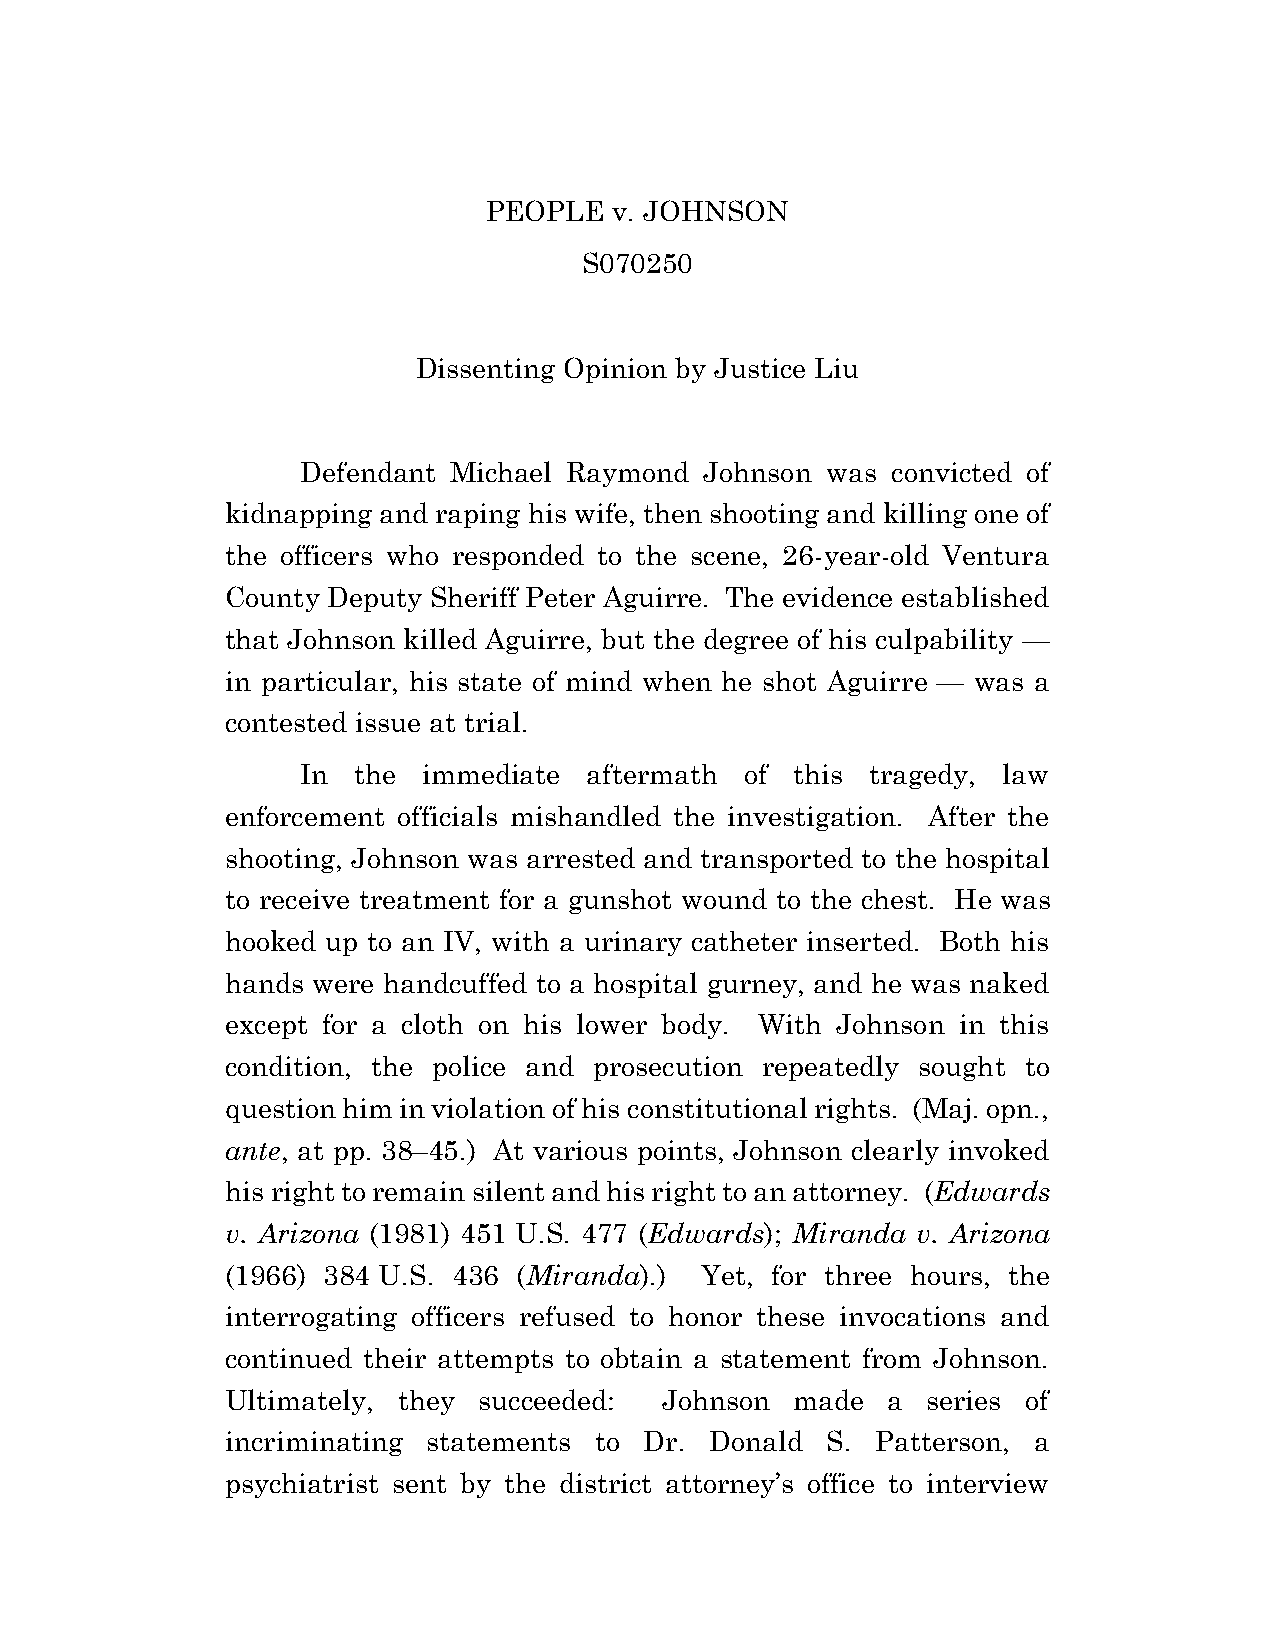
PEOPLE   v. JOHNSON
 S070250
 Dissenting Opinion by Justice Liu
 Defendant Michael Raymond  Johnson was convicted of
 kidnapping and raping his wife, then shooting and killing one of
 the officers who responded to the scene, 26-year-old Ventura
 County Deputy Sheriff Peter Aguirre. The evidence established
 that Johnson killed Aguirre, but the degree of his culpability —
 in particular, his state of mind when he shot Aguirre — was a
 contested issue at trial.
 In the  immediate  aftermath of  this tragedy, law
 enforcement officials mishandled the investigation. After the
 shooting, Johnson was arrested and transported to the hospital
 to receive treatment for a gunshot wound to the chest. He was
 hooked up to an IV, with a urinary catheter inserted. Both his
 hands were handcuffed to a hospital gurney, and he was naked
 except for a cloth on his lower body. With Johnson in this
 condition, the police and prosecution repeatedly sought to
 question him in violation of his constitutional rights. (Maj. opn.,
 ante, at pp. 38–45.) At various points, Johnson clearly invoked
 his right to remain silent and his right to an attorney. (Edwards
 v. Arizona (1981) 451 U.S. 477 (Edwards); Miranda v. Arizona
 (1966) 384 U.S. 436 (Miranda).) Yet, for three hours, the
 interrogating officers refused to honor these invocations and
 continued their attempts to obtain a statement from Johnson.
 Ultimately, they succeeded:  Johnson  made  a series of
 incriminating statements to Dr. Donald  S. Patterson, a
 psychiatrist sent by the district attorney’s office to interview